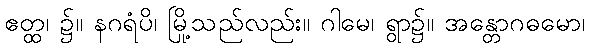
ဧတ္ထ၊ ၌။ နဂရံပိ၊ မြို့သည်လည်း။ ဂါမေ၊ ရွာ၌။ အန္တောဂဓမော၊